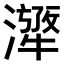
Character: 𤁁